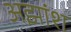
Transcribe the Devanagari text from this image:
अझांश